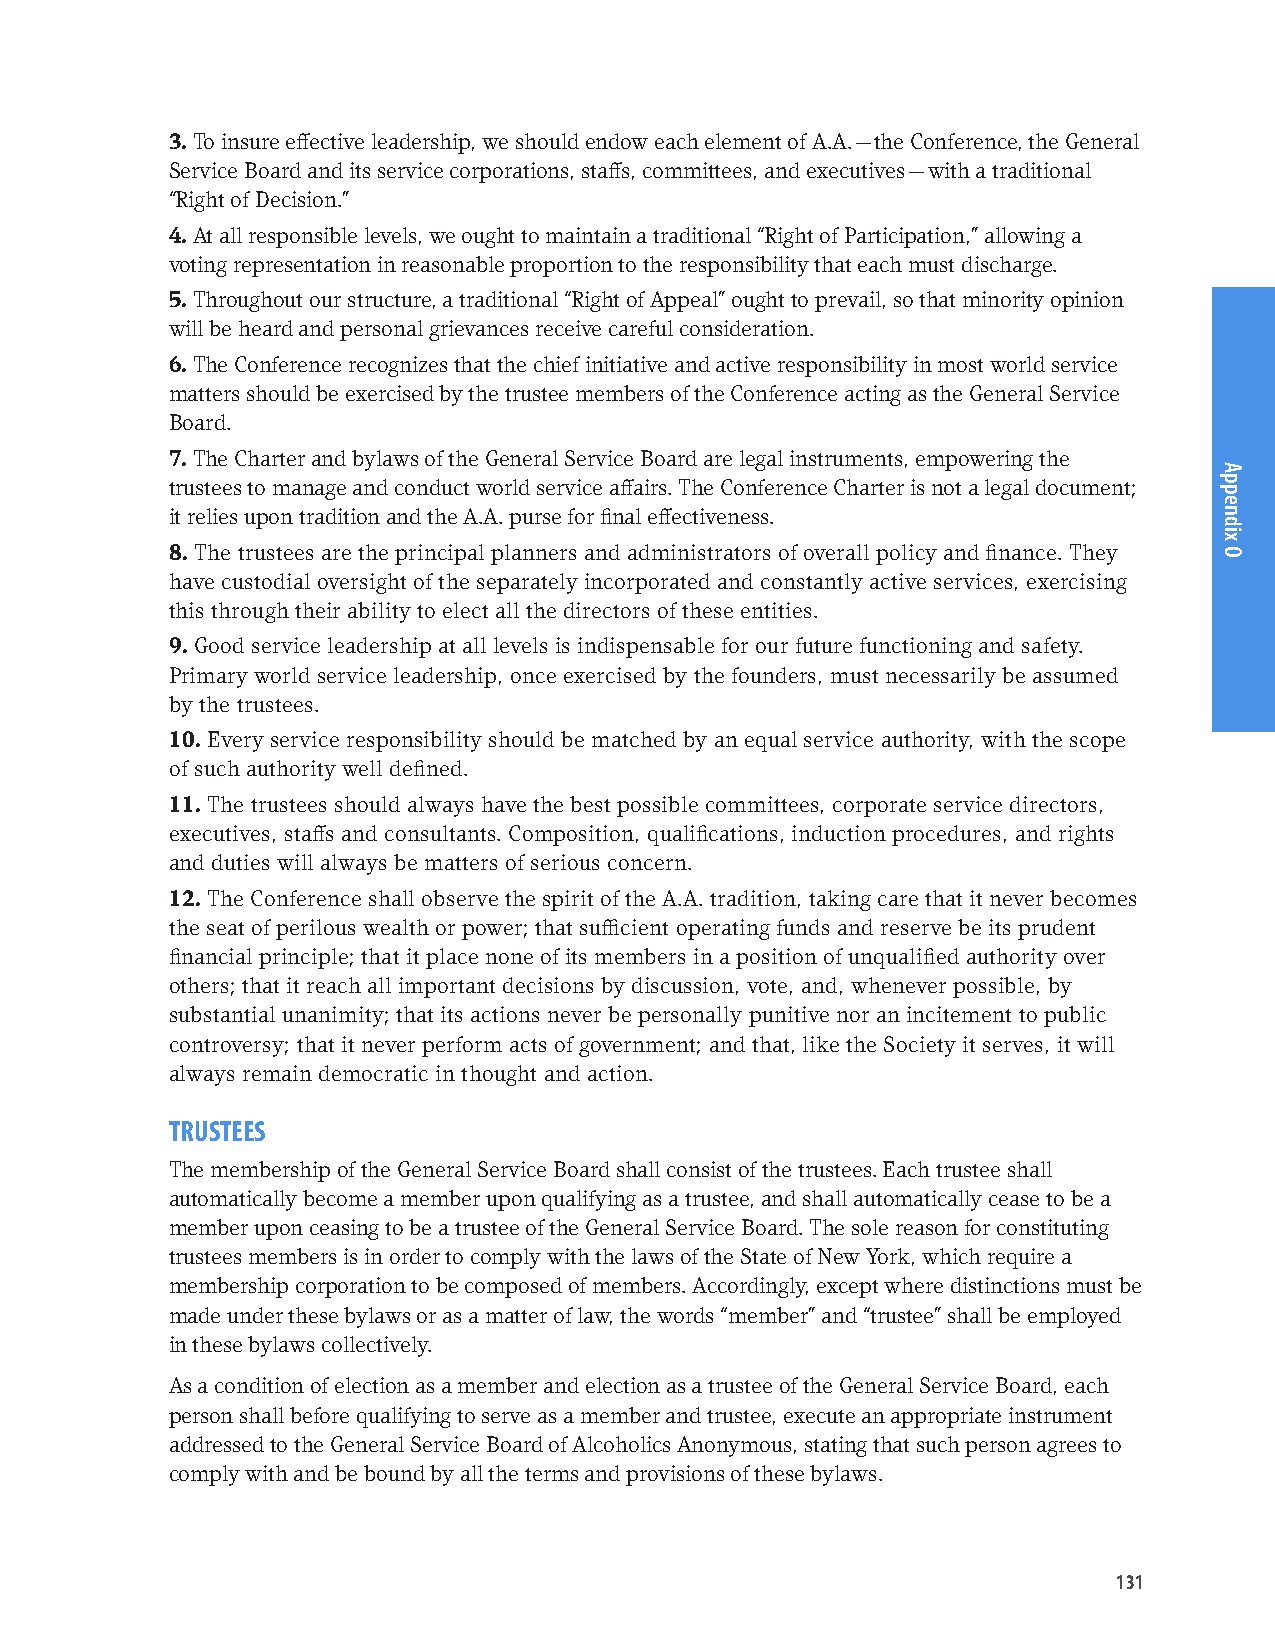
3. To insure effective leadership, we should endow each element of A.A. — the Conference, the General
 Service Board and its service corporations, staffs, committees, and executives — with a traditional
 “Right of Decision.”
 4. At all responsible levels, we ought to maintain a traditional “Right of Participation,” allowing a
 voting representation in reasonable proportion to the responsibility that each must discharge.
 5. Throughout our structure, a traditional “Right of Appeal” ought to prevail, so that minority opinion
 will be heard and personal grievances receive careful consideration.
 6. The Conference recognizes that the chief initiative and active responsibility in most world service
 matters should be exercised by the trustee members of the Conference acting as the General Service
 Board.
 7. The Charter and bylaws of the General Service Board are legal instruments, empowering the
 trustees to manage and conduct world service affairs. The Conference Charter is not a legal document;
 it relies upon tradition and the A.A. purse for final effectiveness.
 8. The trustees are the principal planners and administrators of overall policy and finance. They
 have custodial oversight of the separately incorporated and constantly active services, exercising
 this through their ability to elect all the directors of these entities.
 9. Good service leadership at all levels is indispensable for our future functioning and safety.
 Primary world service leadership, once exercised by the founders, must necessarily be assumed
 by the trustees.
 10. Every service responsibility should be matched by an equal service authority, with the scope
 of such authority well defined.
 11. The trustees should always have the best possible committees, corporate service directors,
 executives, staffs and consultants. Composition, qualifications, induction procedures, and rights
 and duties will always be matters of serious concern.
 12. The Conference shall observe the spirit of the A.A. tradition, taking care that it never becomes
 the seat of perilous wealth or power; that sufficient operating funds and reserve be its prudent
 financial principle; that it place none of its members in a position of unqualified authority over
 others; that it reach all important decisions by discussion, vote, and, whenever possible, by
 substantial unanimity; that its actions never be personally punitive nor an incitement to public
 controversy; that it never perform acts of government; and that, like the Society it serves, it will
 always remain democratic in thought and action.
 TRUSTEES
 The membership of the General Service Board shall consist of the trustees. Each trustee shall
 automatically become a member upon qualifying as a trustee, and shall automatically cease to be a
 member upon ceasing to be a trustee of the General Service Board. The sole reason for constituting
 trustees members is in order to comply with the laws of the State of New York, which require a
 membership corporation to be composed of members. Accordingly, except where distinctions must be
 made under these bylaws or as a matter of law, the words “member” and “trustee” shall be employed
 in these bylaws collectively.
 As a condition of election as a member and election as a trustee of the General Service Board, each
 person shall before qualifying to serve as a member and trustee, execute an appropriate instrument
 addressed to the General Service Board of Alcoholics Anonymous, stating that such person agrees to
 comply with and be bound by all the terms and provisions of these bylaws.
 131
 Appendix
 O